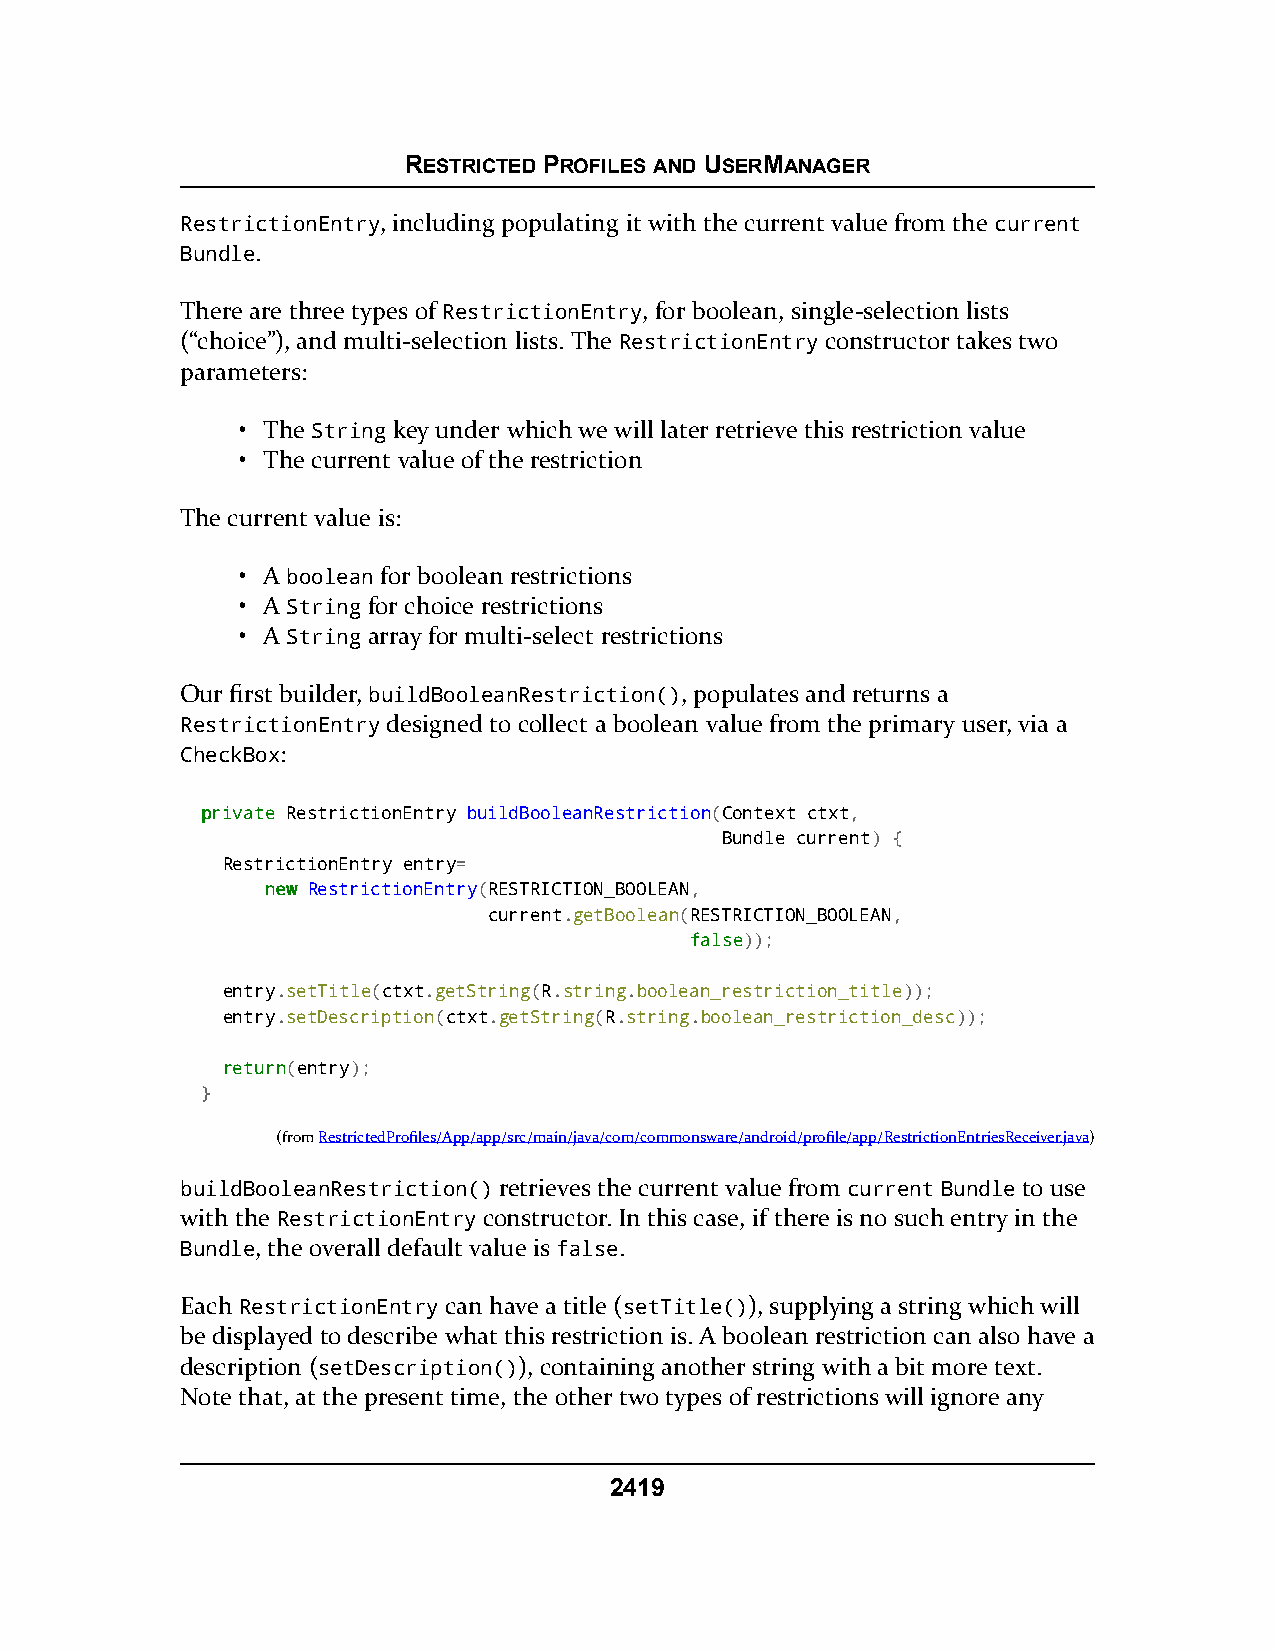
RESTRICTED PROFILES AND USERMANAGER
 RestrictionEntry, including populating it with the current value from the current
 Bundle.
 There are three types of RestrictionEntry, for boolean, single-selection lists
 (“choice”), and multi-selection lists. The RestrictionEntry constructor takes two
 parameters:
 • The String key under which we will later retrieve this restriction value
 • The current value of the restriction
 The current value is:
 • A boolean for boolean restrictions
 • A String for choice restrictions
 • A String array for multi-select restrictions
 Our first builder, buildBooleanRestriction(), populates and returns a
 RestrictionEntry designed to collect a boolean value from the primary user, via a
 CheckBox:
 pprriivvaattee RestrictionEntry buildBooleanRestriction(Context ctxt,
 Bundle current) {
 RestrictionEntry entry=
 nneeww RestrictionEntry(RESTRICTION_BOOLEAN,
 current.getBoolean(RESTRICTION_BOOLEAN,
 ffaallssee));
 entry.setTitle(ctxt.getString(R.string.boolean_restriction_title));
 entry.setDescription(ctxt.getString(R.string.boolean_restriction_desc));
 rreettuurrnn(entry);
 }
 (fromRestrictedProfiles/App/app/src/main/java/com/commonsware/android/profile/app/RestrictionEntriesReceiver.java)
 buildBooleanRestriction() retrieves the current value from current Bundle to use
 with the RestrictionEntry constructor. In this case, if there is no such entry in the
 Bundle, the overall default value is false.
 Each RestrictionEntry can have a title (setTitle()), supplying a string which will
 be displayed to describe what this restriction is. A boolean restriction can also have a
 description (setDescription()), containing another string with a bit more text.
 Note that, at the present time, the other two types of restrictions will ignore any
 2419